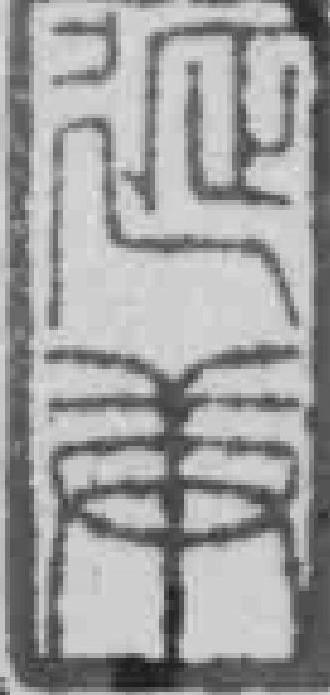
*